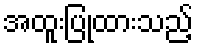
အထူးပြုထားသည့်